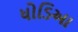
ધોડિઆ